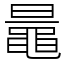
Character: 鼂